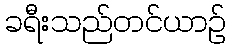
ခရီးသည်တင်ယာဉ်